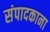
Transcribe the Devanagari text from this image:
संपादकाना